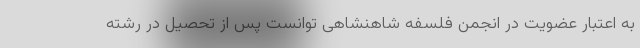
به اعتبار عضویت در انجمن فلسفه شاهنشاهی توانست پس از تحصیل در رشته